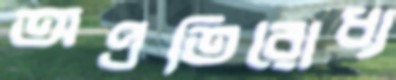
অপ্রতিরোধ্য